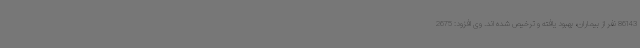
86143 نفر از بیماران، بهبود یافته و ترخیص شده اند. وی افزود: 2675